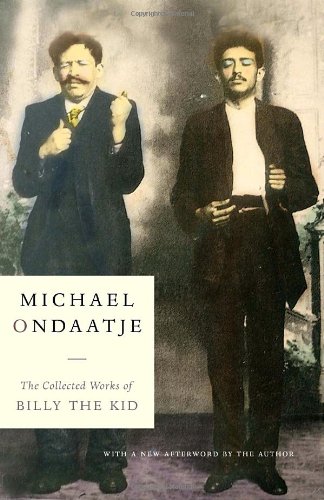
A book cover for The Collected Works of Billy the Kid; Michael Ondaatje; Literature & Fiction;